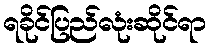
ရခိုင်ပြည်လုံးဆိုင်ရာ